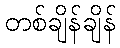
တစ်ချိန်ချိန်